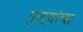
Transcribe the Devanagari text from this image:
पुळ्यांचा